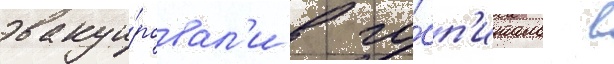
эвакуи́ровал'и в го́сп'италь в